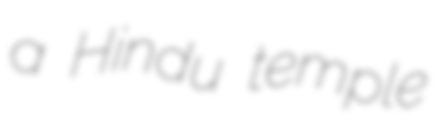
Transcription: a Hindu temple